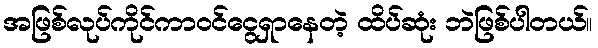
အဖြစ်လုပ်ကိုင်ကာဝင်ငွေရှာနေတဲ့ ထိပ်ဆုံး ဘဲဖြစ်ပါတယ်။